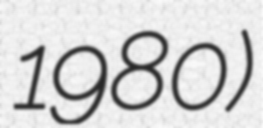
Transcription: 1980)